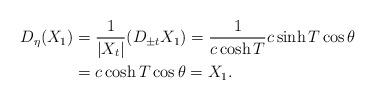
LaTeX: \begin{align*}D_{\eta}(X_1)&= \frac{1}{|X_t|}(D_{\pm t} X_1)= \frac{1}{c\cosh{T}}c\sinh{T}\cos{\theta}\\&=c\cosh{T}\cos{\theta}=X_1.\end{align*}